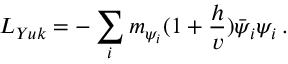
L _ { Y u k } = - \sum _ { i } m _ { \psi _ { i } } ( 1 + \frac { h } { v } ) \bar { \psi } _ { i } \psi _ { i } \, .